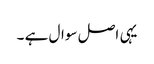
یہی اصل سوال ہے ۔